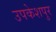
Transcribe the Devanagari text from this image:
उपकेशपुर